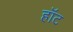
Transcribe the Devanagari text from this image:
हाॅट